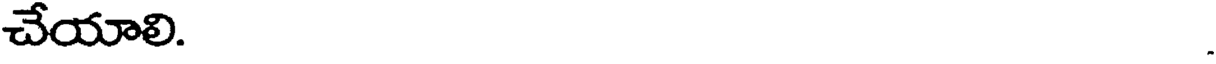
చేయాలి.